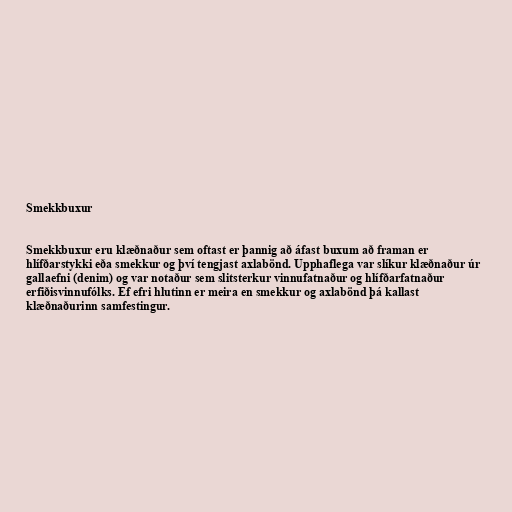
Smekkbuxur

Smekkbuxur eru klæðnaður sem oftast er þannig að áfast buxum að framan er
hlífðarstykki eða smekkur og því tengjast axlabönd. Upphaflega var slíkur klæðnaður úr
gallaefni (denim) og var notaður sem slitsterkur vinnufatnaður og hlífðarfatnaður
erfiðisvinnufólks. Ef efri hlutinn er meira en smekkur og axlabönd þá kallast
klæðnaðurinn samfestingur.